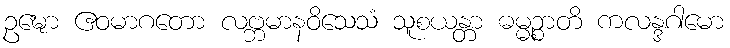
ဥဍ္ဎော ဧဝမာဂတော လဗ္ဘမာနဝိသေသံ သူစယန္တာ ဓမ္မဉ္စာတိ ကလန္ဒဂါမော